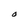
Character: O